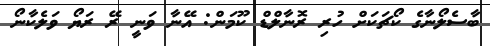
ބާސެލޯނާގެ ކޯޗަކަށް ހުރި ރޮނާލްޑް ކޫމަން: އޭނާ ވަނީ ރޭ ރަޔޯ ވަލެކާނޯ